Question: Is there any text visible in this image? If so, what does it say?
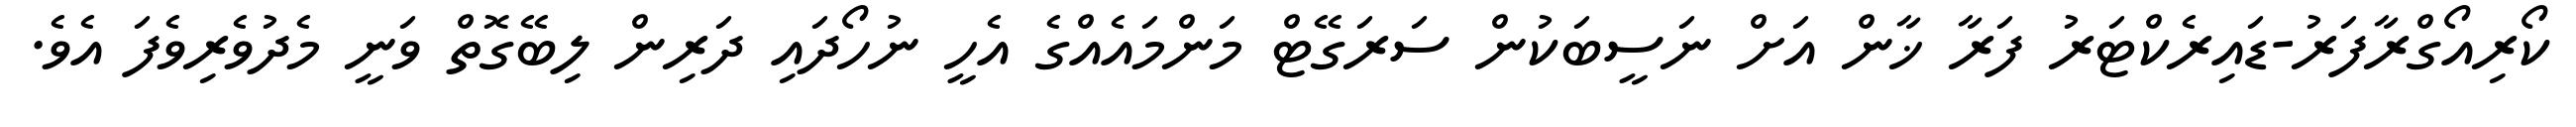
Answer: ކޯރިއޯގްރާފަރު-ޑައިރެކްޓަރު ފަރާ ޚާން އަށް ނަސީބަކުން ސަރަގޭޓް މަންމައެއްގެ އެހީ ނުހޯދައި ދަރިން ލިބޭގޮތް ވަނީ މެދުވެރިވެފަ އެވެ.